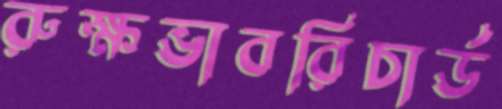
রুক্ষভাবরিচার্ড